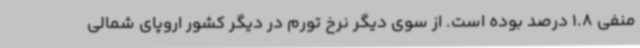
منفی 1.8 درصد بوده است. از سوی دیگر نرخ تورم در دیگر کشور اروپای شمالی